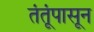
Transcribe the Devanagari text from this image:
तंतूंपासून